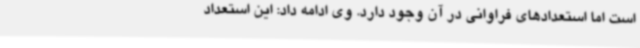
است اما استعدادهای فراوانی در آن وجود دارد. وی ادامه داد: این استعداد